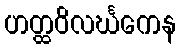
ဟတ္ထဝိလင်္ဃကေန